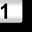
Digit: 1